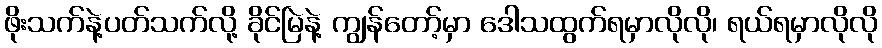
ဖိုးသက်နဲ့ပတ်သက်လို့ ခိုင်မြဲနဲ့ ကျွန်တော့်မှာ ဒေါသထွက်ရမှာလိုလို၊ ရယ်ရမှာလိုလို